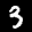
Label: 3